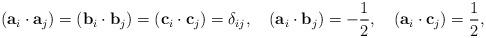
LaTeX: \begin{align*}({\bf a}_i\cdot{\bf a}_j)=({\bf b}_i\cdot{\bf b}_j)=({\bf c}_i\cdot{\bf c}_j)=\delta_{ij},\quad({\bf a}_i\cdot{\bf b}_j)=-\frac{1}{2},\quad({\bf a}_i\cdot{\bf c}_j)=\frac{1}{2},\quad\end{align*}